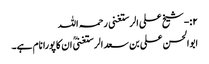
۲:-شیخ علی الرستغنی رحمہ اللہ
ابوالحسن علی بن سعد الرستغنیؒ ان کا پورا نام ہے۔